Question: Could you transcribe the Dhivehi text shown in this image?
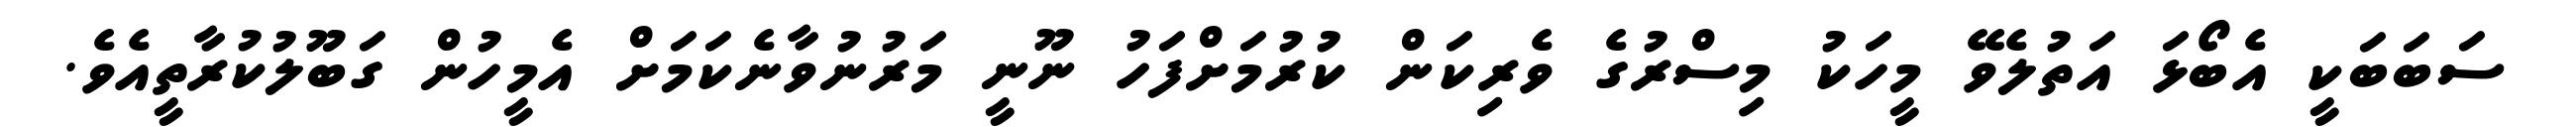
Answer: ސަބަބަކީ އެބޯޅަ އަތުލެވޭ މީހަކު މިސްރުގެ ވެރިކަން ކުރުމަށްފަހު ނޫނީ މަރުނުވާނެކަމަށް އެމީހުން ގަބޫލުކުރާތީއެވެ.